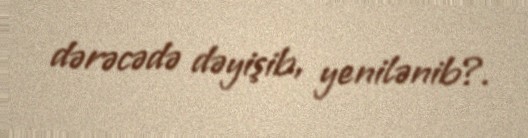
dərəcədə dəyişib, yenilənib?.